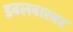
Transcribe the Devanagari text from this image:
डबलबारवर